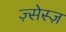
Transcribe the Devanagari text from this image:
ज़्सेस्ज़